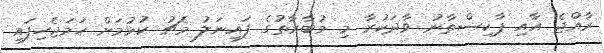
ރާއްޖެ އާއި ޕާކިސްތާނު ވާދަކުރާ މި މުބާރާތުގެ ފައިނަލު މެޗު ކުޅުމަށް ހަމަޖެހިފައި